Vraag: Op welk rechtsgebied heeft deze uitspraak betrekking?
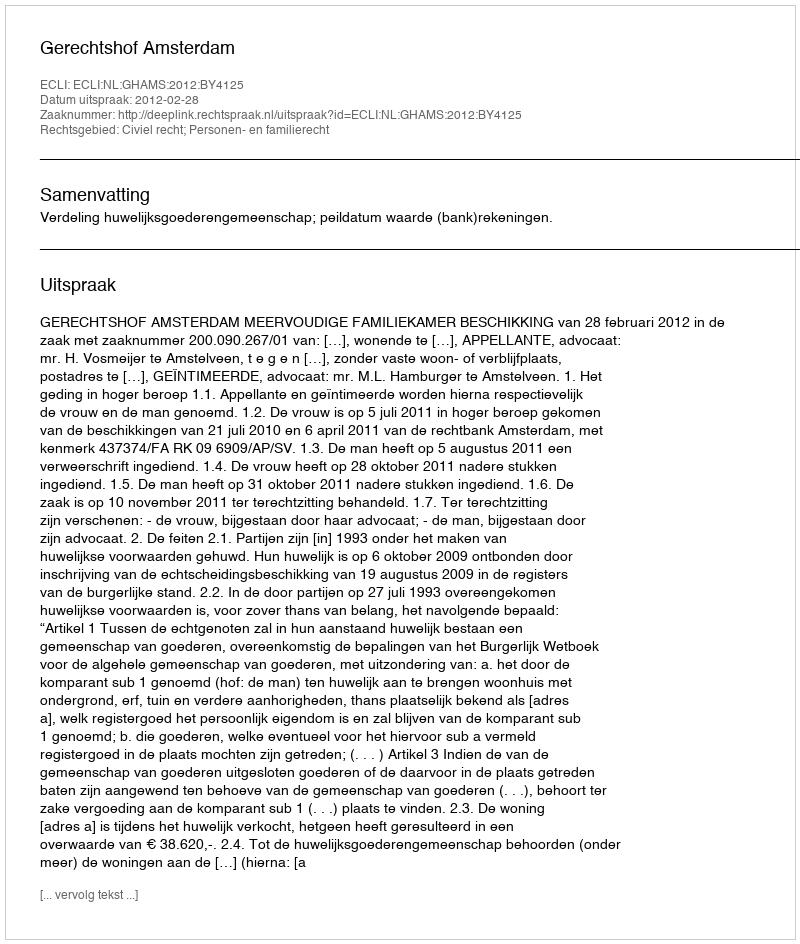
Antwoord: Civiel recht; Personen- en familierecht